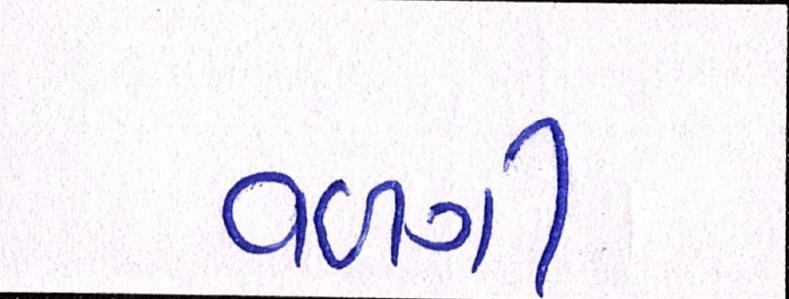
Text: વળગી